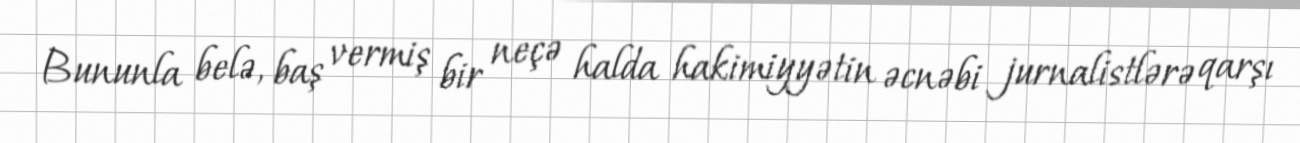
Bununla belə, baş vermiş bir neçə halda hakimiyyətin əcnəbi jurnalistlərə qarşı